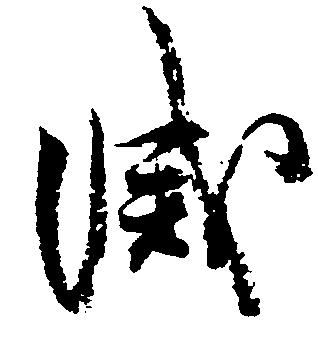
滅